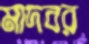
মাদবর